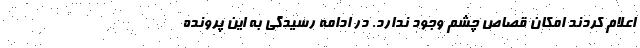
اعلام کردند امکان قصاص چشم وجود ندارد. در ادامه رسیدگی به این پرونده